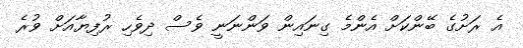
އެ ރަށުގެ ބޭންކަށް އެންމެ ގިނައިން ވަންނަނީ ވެސް ދިވެހި ރުފިޔާއަށް ވުރެ